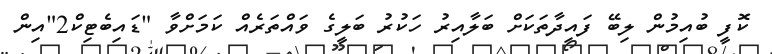
ކޮފީ ބުއިމުން ލިބޭ ފައިދާތަކަށް ބަލާއިރު ހަކުރު ބަލީގެ ވައްތަރެއް ކަމަށްވާ "ޑައިބެޓިކް2"އިން